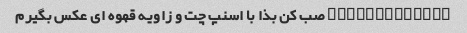
@thegreatalii صب کن بذا با اسنپ چت و زاویه قهوه ای عکس بگیرم